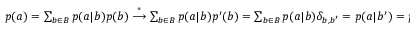
\begin{array} { r } { p ( a ) = \sum _ { b \in B } p ( a | b ) p ( b ) \stackrel { * } { \longrightarrow } \sum _ { b \in B } p ( a | b ) p ^ { \prime } ( b ) = \sum _ { b \in B } p ( a | b ) \delta _ { b , b ^ { \prime } } = p ( a | b ^ { \prime } ) = p ^ { \prime } ( a ) , } \end{array}